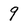
Character: 9